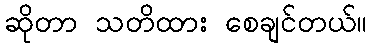
ဆိုတာ သတိထား စေချင်တယ်။